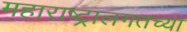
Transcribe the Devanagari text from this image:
महाराष्ट्रालगतच्या